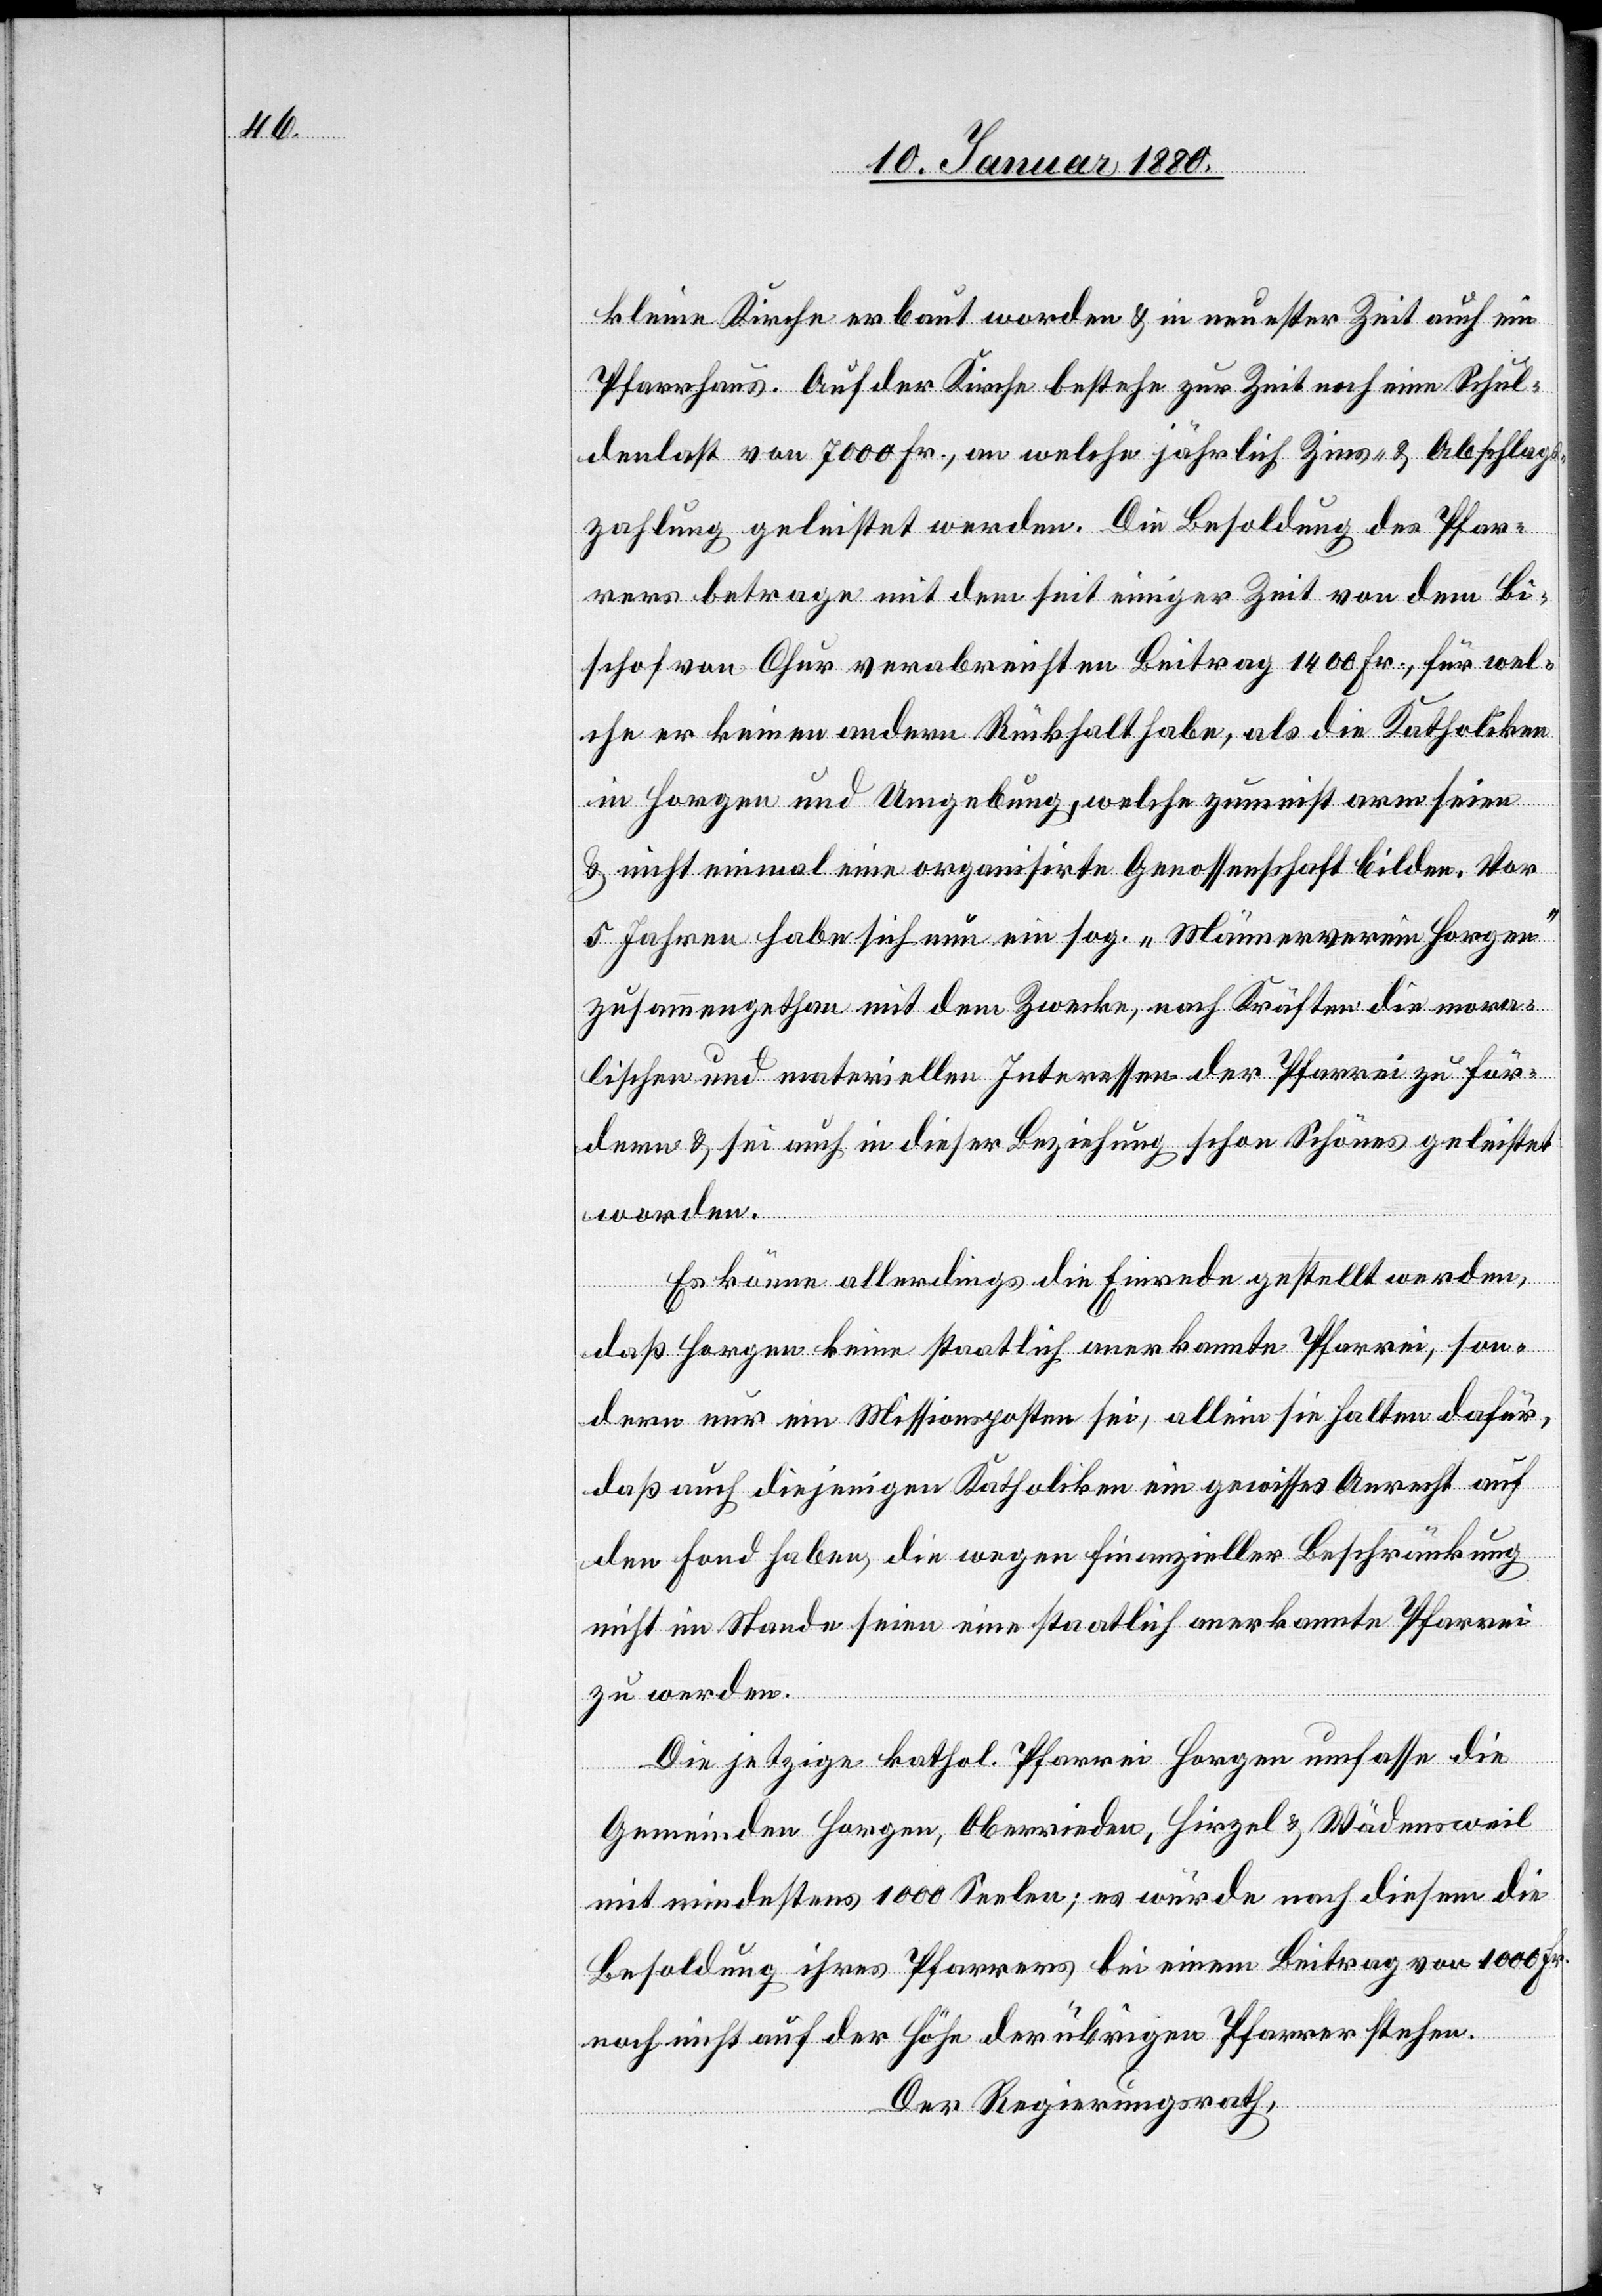
kleine Kirche erbaut worden & in neuester Zeit auch ein
Pfarrhaus. Auf der Kirche bestehe zur Zeit noch eine Schul¬
denlast von 7000 Fr., an welche jährlich Zins- & Abschlags¬
zahlung geleistet werden. Die Besoldung des Pfar¬
rers betrage mit dem seit einiger Zeit von dem Bi¬
schof von Chur verabreichten Beitrag 1400 Fr., für wel¬
che er keinen andern Rückhalt habe, als die Katholiken
in Horgen und Umgebung, welche zumeist arm seien
& nicht einmal eine organisirte Genossenschaft bilden. Vor
5 Jahren habe sich nun ein sog. „Männerverein Horgen“
zusammengethan mit dem Zwecke, nach Kräften die mora¬
lischen und materiellen Interessen der Pfarrei zu för¬
dern & sei auch in dieser Beziehung schon Schönes gethan
worden.
Es könne allerdings die Einrede gestellt werden,
daß Horgen keine staatlich anerkannte Pfarrei, son¬
dern nur ein Missionsposten sei, allein sie halten dafür,
daß auch diejenigen Katholiken ein gewisses Anrecht auf
den Fond haben, die wegen finanzieller Beschränkung
nicht im Stande seien eine staatlich anerkannte Pfarrei
zu werden.
Die jetzige kahol. Pfarrei Horgen umfasse die
Gemeinden Horgen, Oberrieden, Hirzel & Wädensweil
mit mindestens 1000 Seelen; es würde nach diesem die
Besoldung ihres Pfarrers bei einem Beitrag von 1000 Fr.
noch nicht auf der Höhe der übrigen Pfarrer stehen.
Der Regierungsrath,